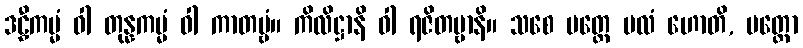
ဒဠှီကမ္မံ ဝါ တုန္နကမ္မံ ဝါ ကာတဗ္ဗံ။ ကိလိဋ္ဌာနိ ဝါ ရဇိတဗ္ဗာနိ။ သစေ ပတ္တေ မလံ ဟောတိ, ပတ္တော